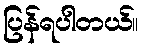
ပြန်ရပါတယ်။